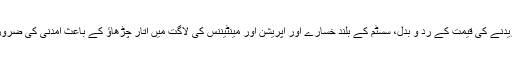
دوسری جانب توانائی کمپنیوں کا کہنا تھا کہ انہیں گنجائش خریدنے کی قیمت کے ردِ و بدل، سسٹم کے بلند خسارے اور آپریشن اور مینٹیننس کی لاگت میں اتار چڑھاؤ کے باعث آمدنی کی ضرورت کے گزشتہ تخمینے کے مقابلے اضافی رقم ادا کرنی پڑی